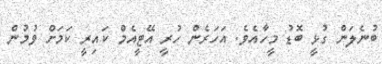
ބުނެލަން ގުޅީ ބޮޑު މީހާއެވެ. އަހަރެން ހުރީ އޭޓީއެމް ކައިރީ ކަމަށް ވުމުން